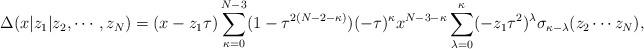
LaTeX: \begin{align*}\Delta (x|z_1|z_2,\cdots,z_N)=(x-z_1\tau)\sum_{\kappa=0}^{N-3}(1-\tau^{2(N-2-\kappa)})(-\tau)^\kappa x^{N-3-\kappa}\sum_{\lambda=0}^\kappa(-z_1\tau^2)^\lambda\sigma_{\kappa-\lambda}(z_2 \cdots z_N),\end{align*}